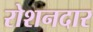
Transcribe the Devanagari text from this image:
रोशनदार